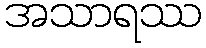
အသာရဿ